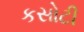
કસોટી